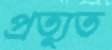
প্রত্যুত